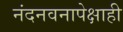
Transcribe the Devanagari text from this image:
नंदनवनापेक्षाही